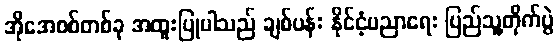
အိုအေစစ်တစ်ခု အထူးပြုပါသည် ချစ်ပန်း နိုင်ငံ့ပညာရေး ပြည်သူ့တိုက်ပွဲ